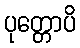
ပုတ္တောပိ